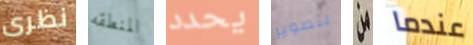
نظرى المنطقه يحدد لتصوير من عندما